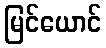
မြင်ယောင်